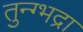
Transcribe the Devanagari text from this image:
तुन्ग्भद्रा